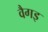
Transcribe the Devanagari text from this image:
वैगइ